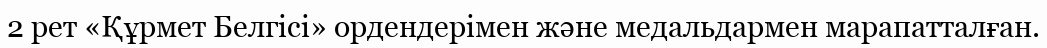
2 рет «Құрмет Белгісі» ордендерімен және медальдармен марапатталған.